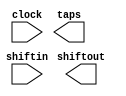
// megafunction wizard: %Shift register (RAM-based)%VBB%
// GENERATION: STANDARD
// VERSION: WM1.0
// MODULE: ALTSHIFT_TAPS 

// ============================================================
// Megafunction Name(s):
// 			ALTSHIFT_TAPS
//
// Simulation Library Files(s):
// 			altera_mf
// ============================================================
// ************************************************************
// THIS IS A WIZARD-GENERATED FILE. DO NOT EDIT THIS FILE!
//
// 12.1 Build 177 11/07/2012 SJ Full Version
// ************************************************************

//Copyright (C) 1991-2012 Altera Corporation
//Your use of Altera Corporation's design tools, logic functions 
//and other software and tools, and its AMPP partner logic 
//functions, and any output files from any of the foregoing 
//(including device programming or simulation files), and any 
//associated documentation or information are expressly subject 
//to the terms and conditions of the Altera Program License 
//Subscription Agreement, Altera MegaCore Function License 
//Agreement, or other applicable license agreement, including, 
//without limitation, that your use is for the sole purpose of 
//programming logic devices manufactured by Altera and sold by 
//Altera or its authorized distributors.  Please refer to the 
//applicable agreement for further details.

module Delay8 (
	clock,
	shiftin,
	shiftout,
	taps);

	input	  clock;
	input	[15:0]  shiftin;
	output	[15:0]  shiftout;
	output	[15:0]  taps;

endmodule

// ============================================================
// CNX file retrieval info
// ============================================================
// Retrieval info: PRIVATE: ACLR NUMERIC "0"
// Retrieval info: PRIVATE: CLKEN NUMERIC "0"
// Retrieval info: PRIVATE: GROUP_TAPS NUMERIC "0"
// Retrieval info: PRIVATE: INTENDED_DEVICE_FAMILY STRING "Cyclone IV GX"
// Retrieval info: PRIVATE: NUMBER_OF_TAPS NUMERIC "1"
// Retrieval info: PRIVATE: RAM_BLOCK_TYPE NUMERIC "3"
// Retrieval info: PRIVATE: SYNTH_WRAPPER_GEN_POSTFIX STRING "0"
// Retrieval info: PRIVATE: TAP_DISTANCE NUMERIC "8"
// Retrieval info: PRIVATE: WIDTH NUMERIC "16"
// Retrieval info: LIBRARY: altera_mf altera_mf.altera_mf_components.all
// Retrieval info: CONSTANT: INTENDED_DEVICE_FAMILY STRING "Cyclone IV GX"
// Retrieval info: CONSTANT: LPM_HINT STRING "RAM_BLOCK_TYPE=AUTO"
// Retrieval info: CONSTANT: LPM_TYPE STRING "altshift_taps"
// Retrieval info: CONSTANT: NUMBER_OF_TAPS NUMERIC "1"
// Retrieval info: CONSTANT: TAP_DISTANCE NUMERIC "8"
// Retrieval info: CONSTANT: WIDTH NUMERIC "16"
// Retrieval info: USED_PORT: clock 0 0 0 0 INPUT NODEFVAL "clock"
// Retrieval info: USED_PORT: shiftin 0 0 16 0 INPUT NODEFVAL "shiftin[15..0]"
// Retrieval info: USED_PORT: shiftout 0 0 16 0 OUTPUT NODEFVAL "shiftout[15..0]"
// Retrieval info: USED_PORT: taps 0 0 16 0 OUTPUT NODEFVAL "taps[15..0]"
// Retrieval info: CONNECT: @clock 0 0 0 0 clock 0 0 0 0
// Retrieval info: CONNECT: @shiftin 0 0 16 0 shiftin 0 0 16 0
// Retrieval info: CONNECT: shiftout 0 0 16 0 @shiftout 0 0 16 0
// Retrieval info: CONNECT: taps 0 0 16 0 @taps 0 0 16 0
// Retrieval info: GEN_FILE: TYPE_NORMAL Delay8.v TRUE
// Retrieval info: GEN_FILE: TYPE_NORMAL Delay8.inc FALSE
// Retrieval info: GEN_FILE: TYPE_NORMAL Delay8.cmp FALSE
// Retrieval info: GEN_FILE: TYPE_NORMAL Delay8.bsf FALSE
// Retrieval info: GEN_FILE: TYPE_NORMAL Delay8_inst.v FALSE
// Retrieval info: GEN_FILE: TYPE_NORMAL Delay8_bb.v TRUE
// Retrieval info: LIB_FILE: altera_mf